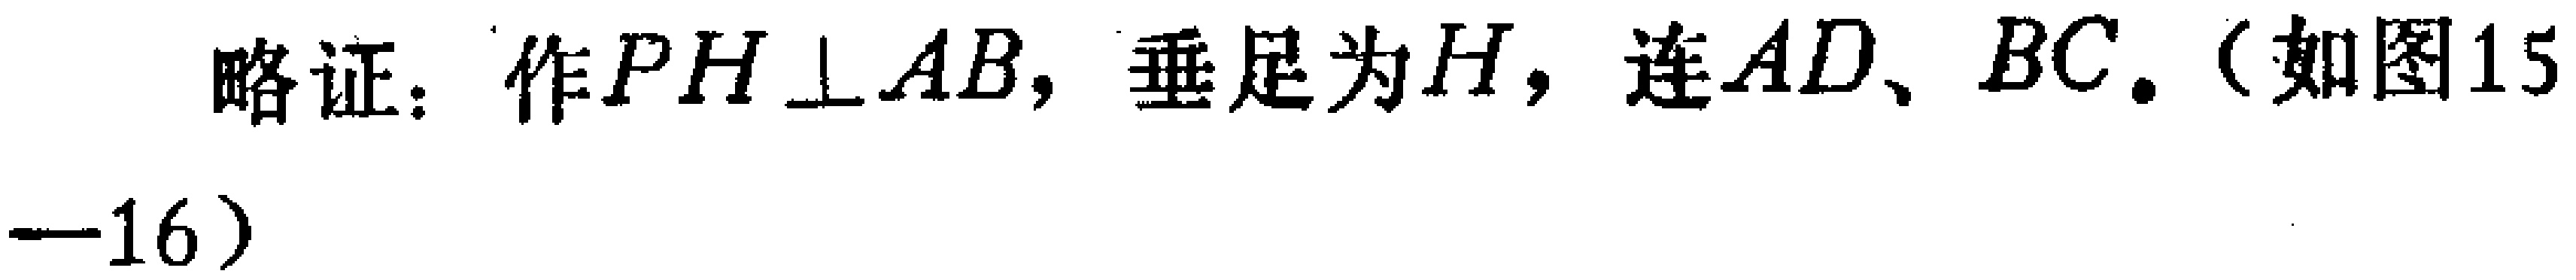
略证：作\(PH\perp AB\)，垂足为\(H\)，连\(AD\)、\(BC\)。（如图15—16）